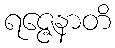
ရဇ္ဇေနာတိ